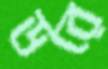
ডরে